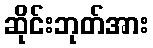
ဆိုင်းဘုတ်အား